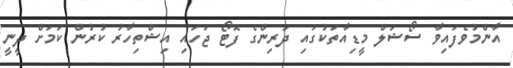
އާންމުވެފައިވާ ސޯޝަލް މީޑިއާތަކުގައި ދަރިންގެ ފޮޓޯ ޖަހައި އިޝްތިހާރު ކުރުން ކަމަށް ދީނީ